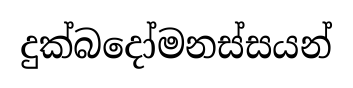
දුක්බදෝමනස්සයන්